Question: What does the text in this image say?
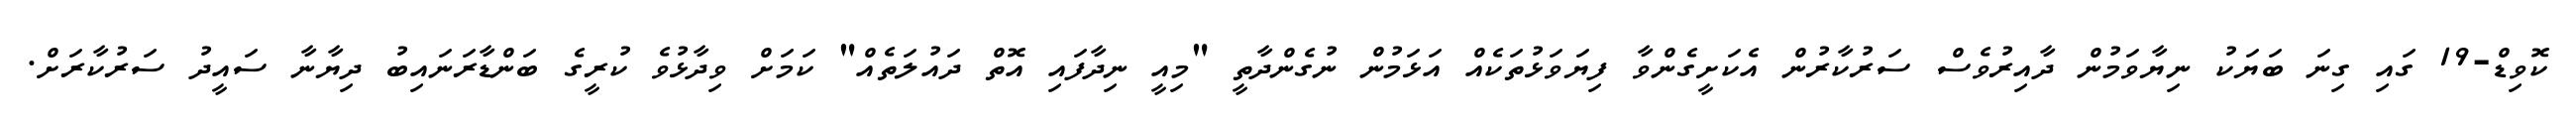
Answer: ކޮވިޑް-19 ގައި ގިނަ ބަޔަކު ނިޔާވަމުން ދާއިރުވެސް ސަރުކާރުން އެކަށީގެންވާ ފިޔަވަޅުތަކެއް އަޅަމުން ނުގެންދާތީ "މިއީ ނިދާފައި އޮތް ދައުލަތެއް" ކަމަށް ވިދާޅުވެ ކުރީގެ ބަންޑާރަނައިބު ދިޔާނާ ސައީދު ސަރުކާރަށް.